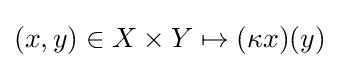
(x,y)\in X\times Y\mapsto (\kappa x)(y)